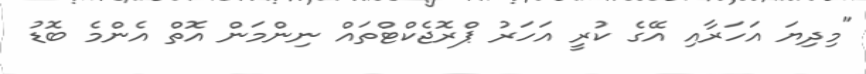
"މިދިޔަ އަހަރާއި އޭގެ ކުރީ އަހަރު ޕްރޮޖެކްޓްތައް ނިންމަން އޮތް އެންމެ ބޮޑު